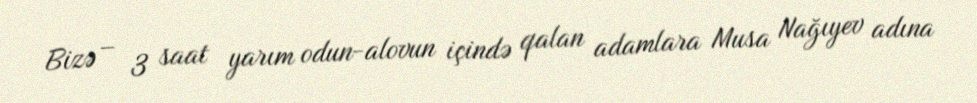
Bizə – 3 saat yarım odun-alovun içində qalan adamlara Musa Nağıyev adına